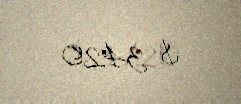
$ 3420